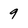
Character: 9